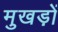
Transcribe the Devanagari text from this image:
मुखड़ों